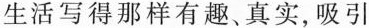
生活写得那样有趣、真实，吸引